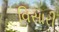
વિસારી